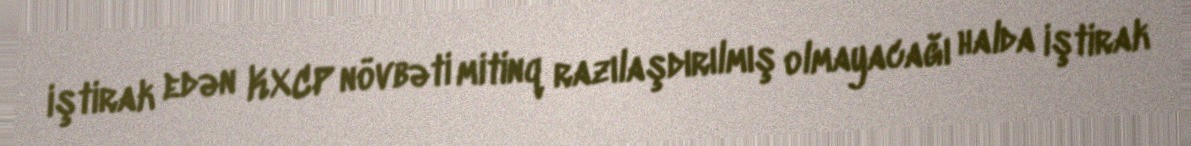
iştirak edən KXCP növbəti mitinq razılaşdırılmış olmayacağı halda iştirak